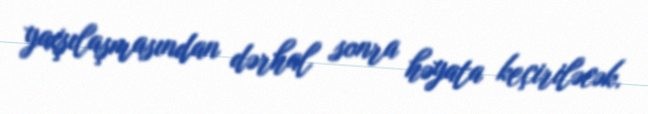
yaxşılaşmasından dərhal sonra həyata keçiriləcək.